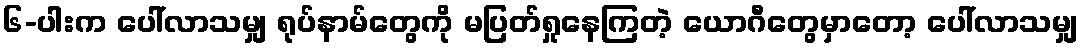
၆-ပါးက ပေါ်လာသမျှ ရုပ်နာမ်တွေကို မပြတ်ရှုနေကြတဲ့ ယောဂီတွေမှာတော့ ပေါ်လာသမျှ